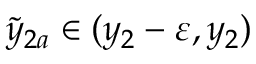
\tilde { y } _ { 2 a } \in ( y _ { 2 } - \varepsilon , y _ { 2 } )